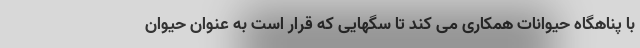
با پناهگاه حیوانات همکاری می کند تا سگهایی که قرار است به عنوان حیوان